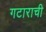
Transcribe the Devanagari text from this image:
गटाराची